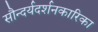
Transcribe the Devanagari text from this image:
सौन्दर्यदर्शनकारिका